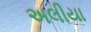
અલીયા